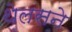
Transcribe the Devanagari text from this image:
थेलसने